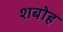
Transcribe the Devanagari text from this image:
शबोह